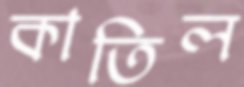
কাতিল